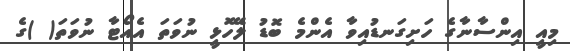
މިއީ އިންސާނާގެ ހަށިގަނޑުއިވާ އެންމެ ބޮޑު ލޭހޮޅީ ނުވަތަ އެއޯޓާ ނުވަތަ( )ގެ